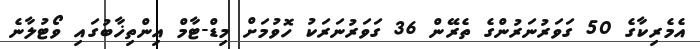
އެމެރިކާގެ 50 ގަވަރުނަރުންގެ ތެރޭން 36 ގަވަރުނަރަކު ހޮވުމަށް މިޑް-ޓާމް އިންތިޚާބުގައި ވޯޓުލާނެ